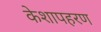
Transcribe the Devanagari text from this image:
केशापहरण